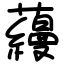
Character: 蘰